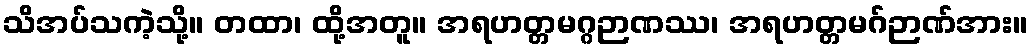
သိအပ်သကဲ့သို့။ တထာ၊ ထို့အတူ။ အရဟတ္တမဂ္ဂဉာဏဿ၊ အရဟတ္တမဂ်ဉာဏ်အား။